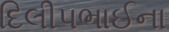
દિલીપભાઈના